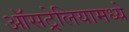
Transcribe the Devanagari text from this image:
ऑसट्रेलियामध्ये